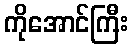
ကိုအောင်ကြီး